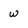
Character: w